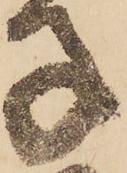
子